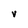
Character: V